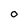
Character: O